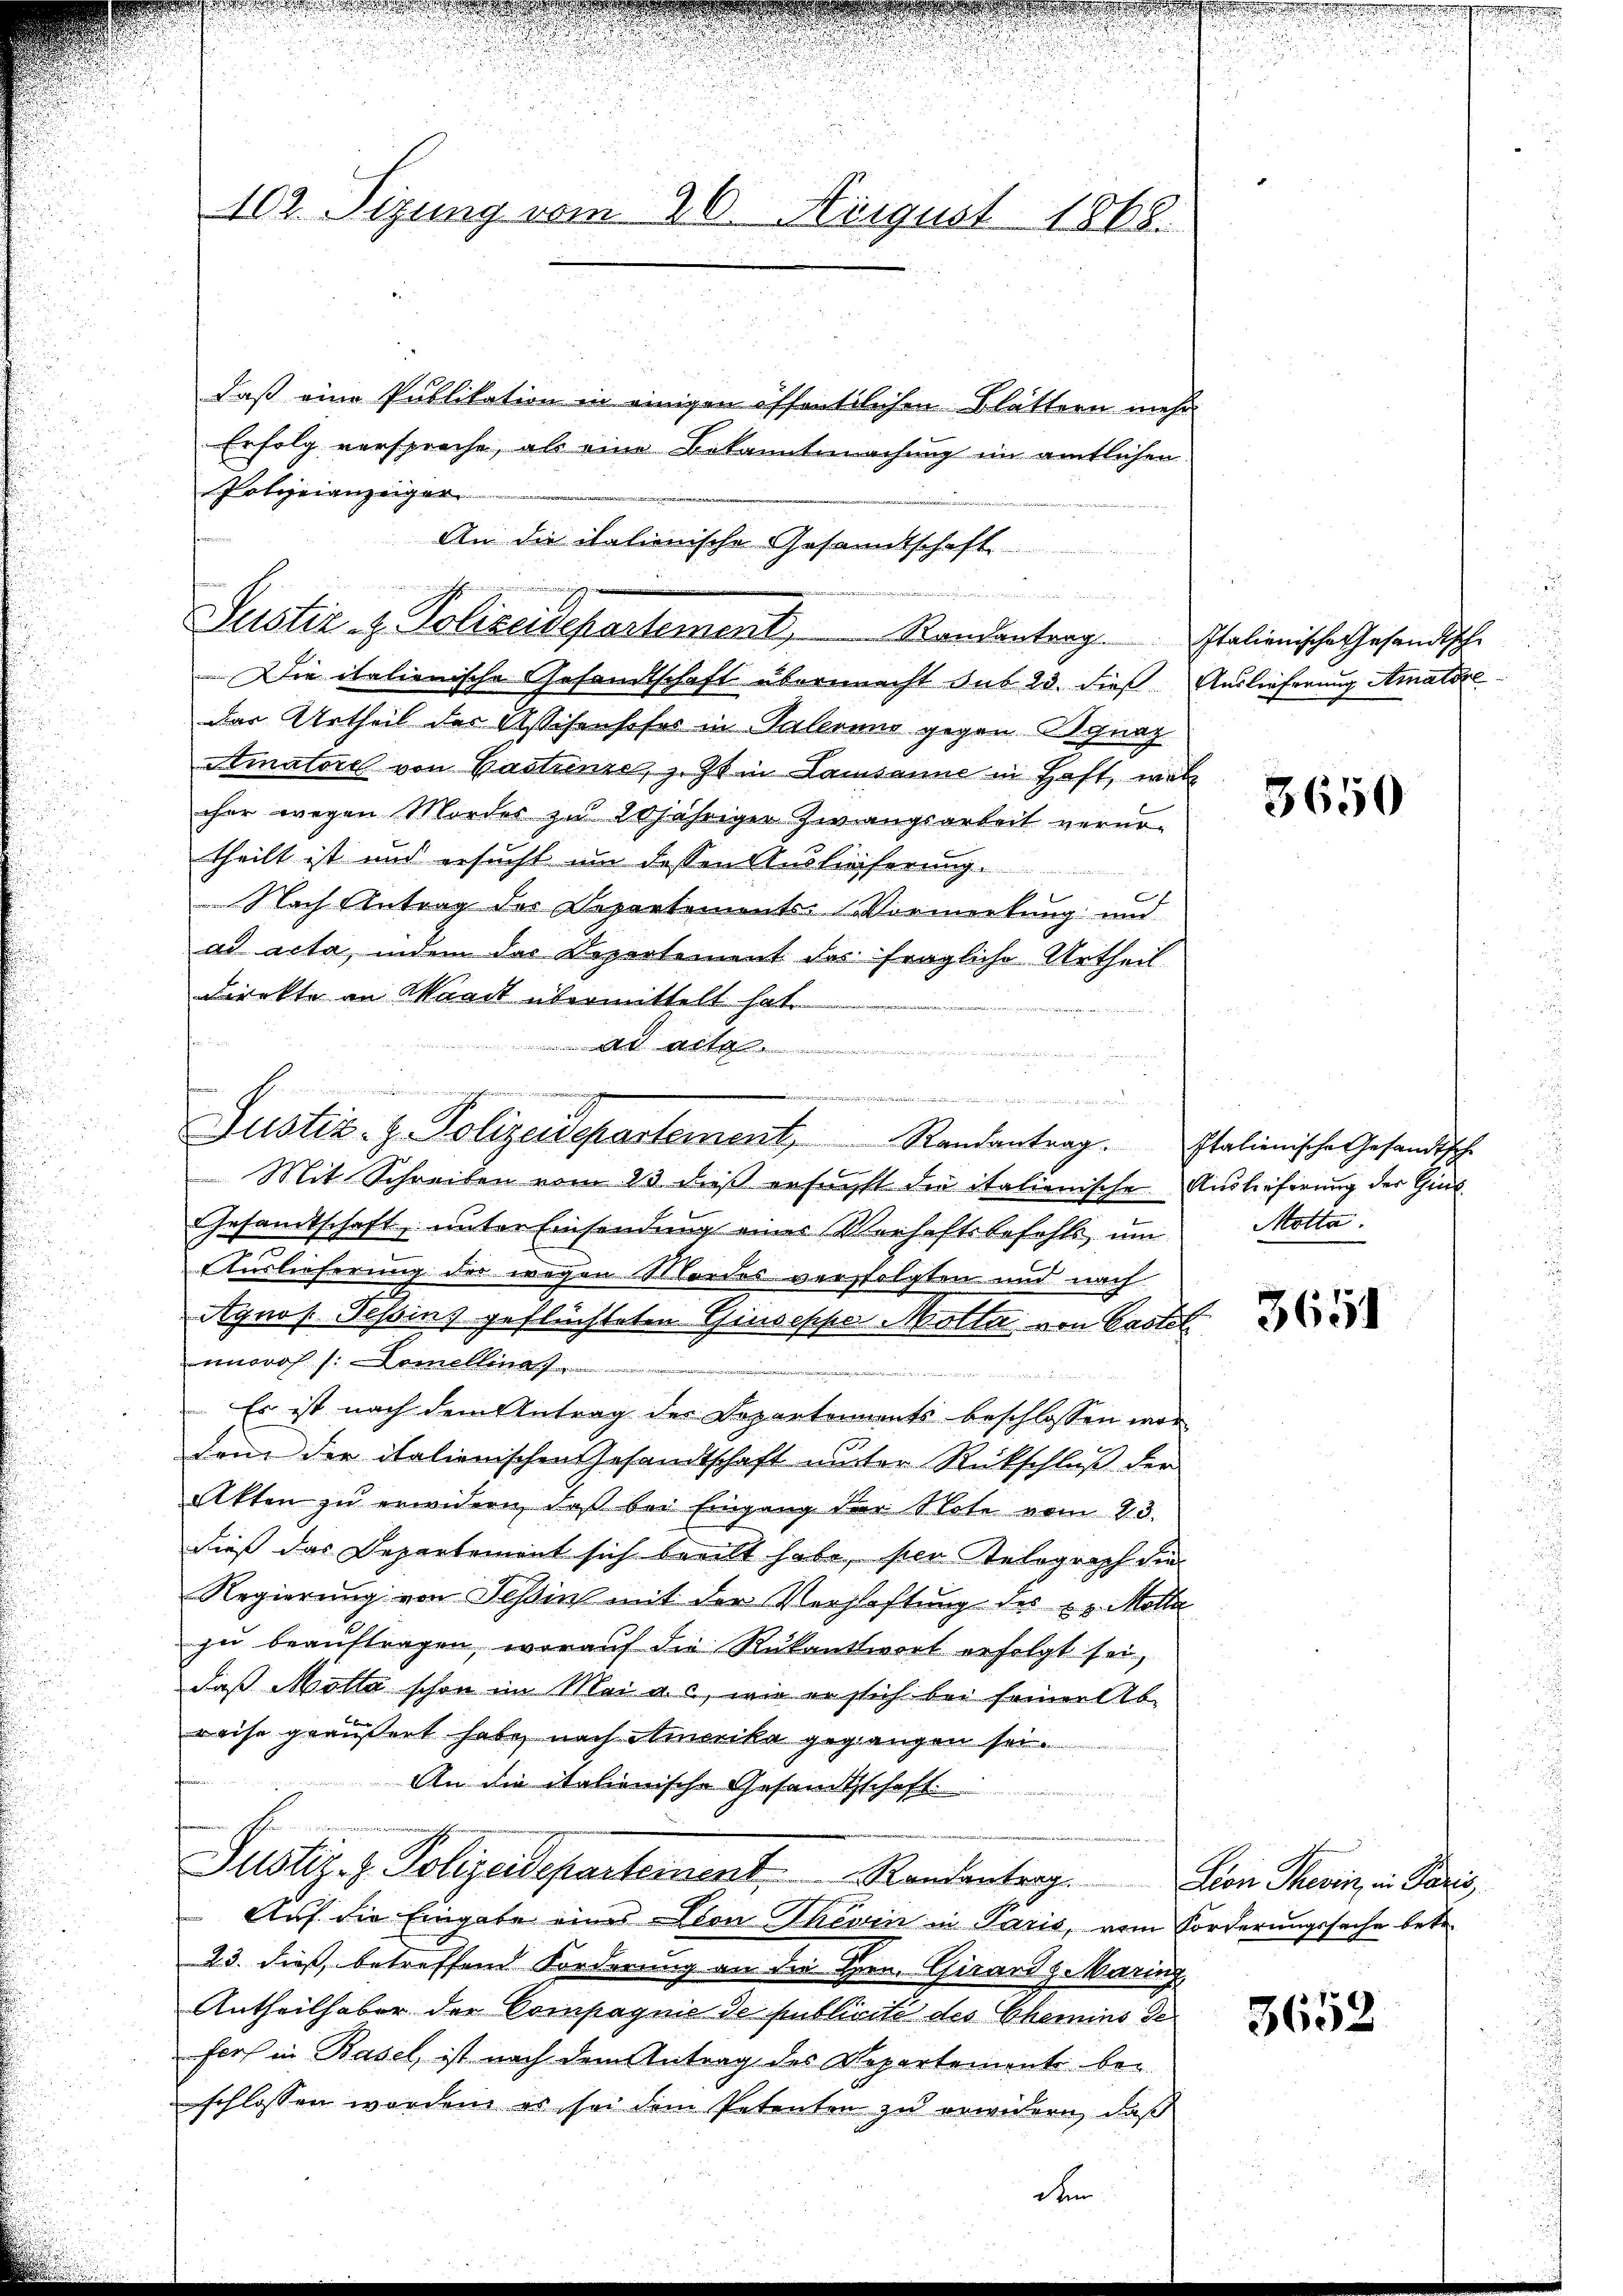
Polizeianzeiger

102. Sizung vom 26. August 1868.
daß eine Publikation in einigen öffentlichen Blättern mehr
Erfolg verspreche, als eine Bekanntmachung im amtlichen

An die italienische Gesandtschaft
I
  des en
Justiz & Polizeidepartement, Randantrag. Italienische Gesandtsche

Die italienische Gesandtschaft übermacht aus 23. dieß. Auslieferung Amatore
das Urtheil des Asschenhofes in Palerung gegen Agnaz
matore von Gastrenze, z. Z. in Lausanne in Haft, wel
cher wegen Mordes zu 20jähriger Zwangsarbeit vernotheilt ist und gesucht um dessen Auslieferung
Nach Antrag des Departements-Vormerkung und
ad acta, indem das Departement des fragliche Urtheil
Direkte an Waadt übermittelt hat.
f
dait

u
.
ratamenten
Justiz- & Polizeidepartement, Randantrag. Italienische Gesandtsche

Mit Schreiben vom 23 dieß ersucht die italienische Auslieferung der Gins
Gesandtschaft, unter Einsendung einer Verhaftsbefehls um Motta.
Auslieferung der wegen Mordes verfolgten und nach
Agnos Tessins geflüchteten Giuseppe Motta von Gastet
moros /: Demellina
 in den in de
Es ist nach dem Antrag der Departements beschlossen wor
den der italienischen Gesandtschaft unter Rückschluß der
Akten zu erwidern, daß bei Eingang der Note vom 23.
dieß das Departement sich beeilt habe, sie elograph die
Regierung von Tessin mit der Verglastung des u. Möller
zu beaŭftragen, worauf die Rükantwort erfolgt sei,
daß Motta schon im Mai a. c., wie er sich bei seiner Ab-
reise geäußert habe, nach Amerika gegangen sei.
An die italienische Gesandtschaft
Justiz- & Polizeidepartement Randantrag. Von Stein, in Paris
Auf die Eingabe eines Dion Theorin in Paris, vom Forderungssache betr.
23. dieß, betreffend Forderung an die Hrn. Girard z. Maring
Antheilhaber der Compagnie de publicité des Chemins Gefort in Basel, ist nach dem Antrag des Departemente bei
schlossen worden, es sei dem Petenten zu erwidern, daß

d

e

3650

3651

3652